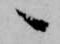
へ